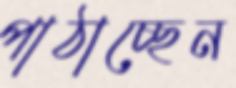
পাঠাচ্ছেন